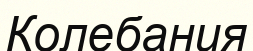
Колебания